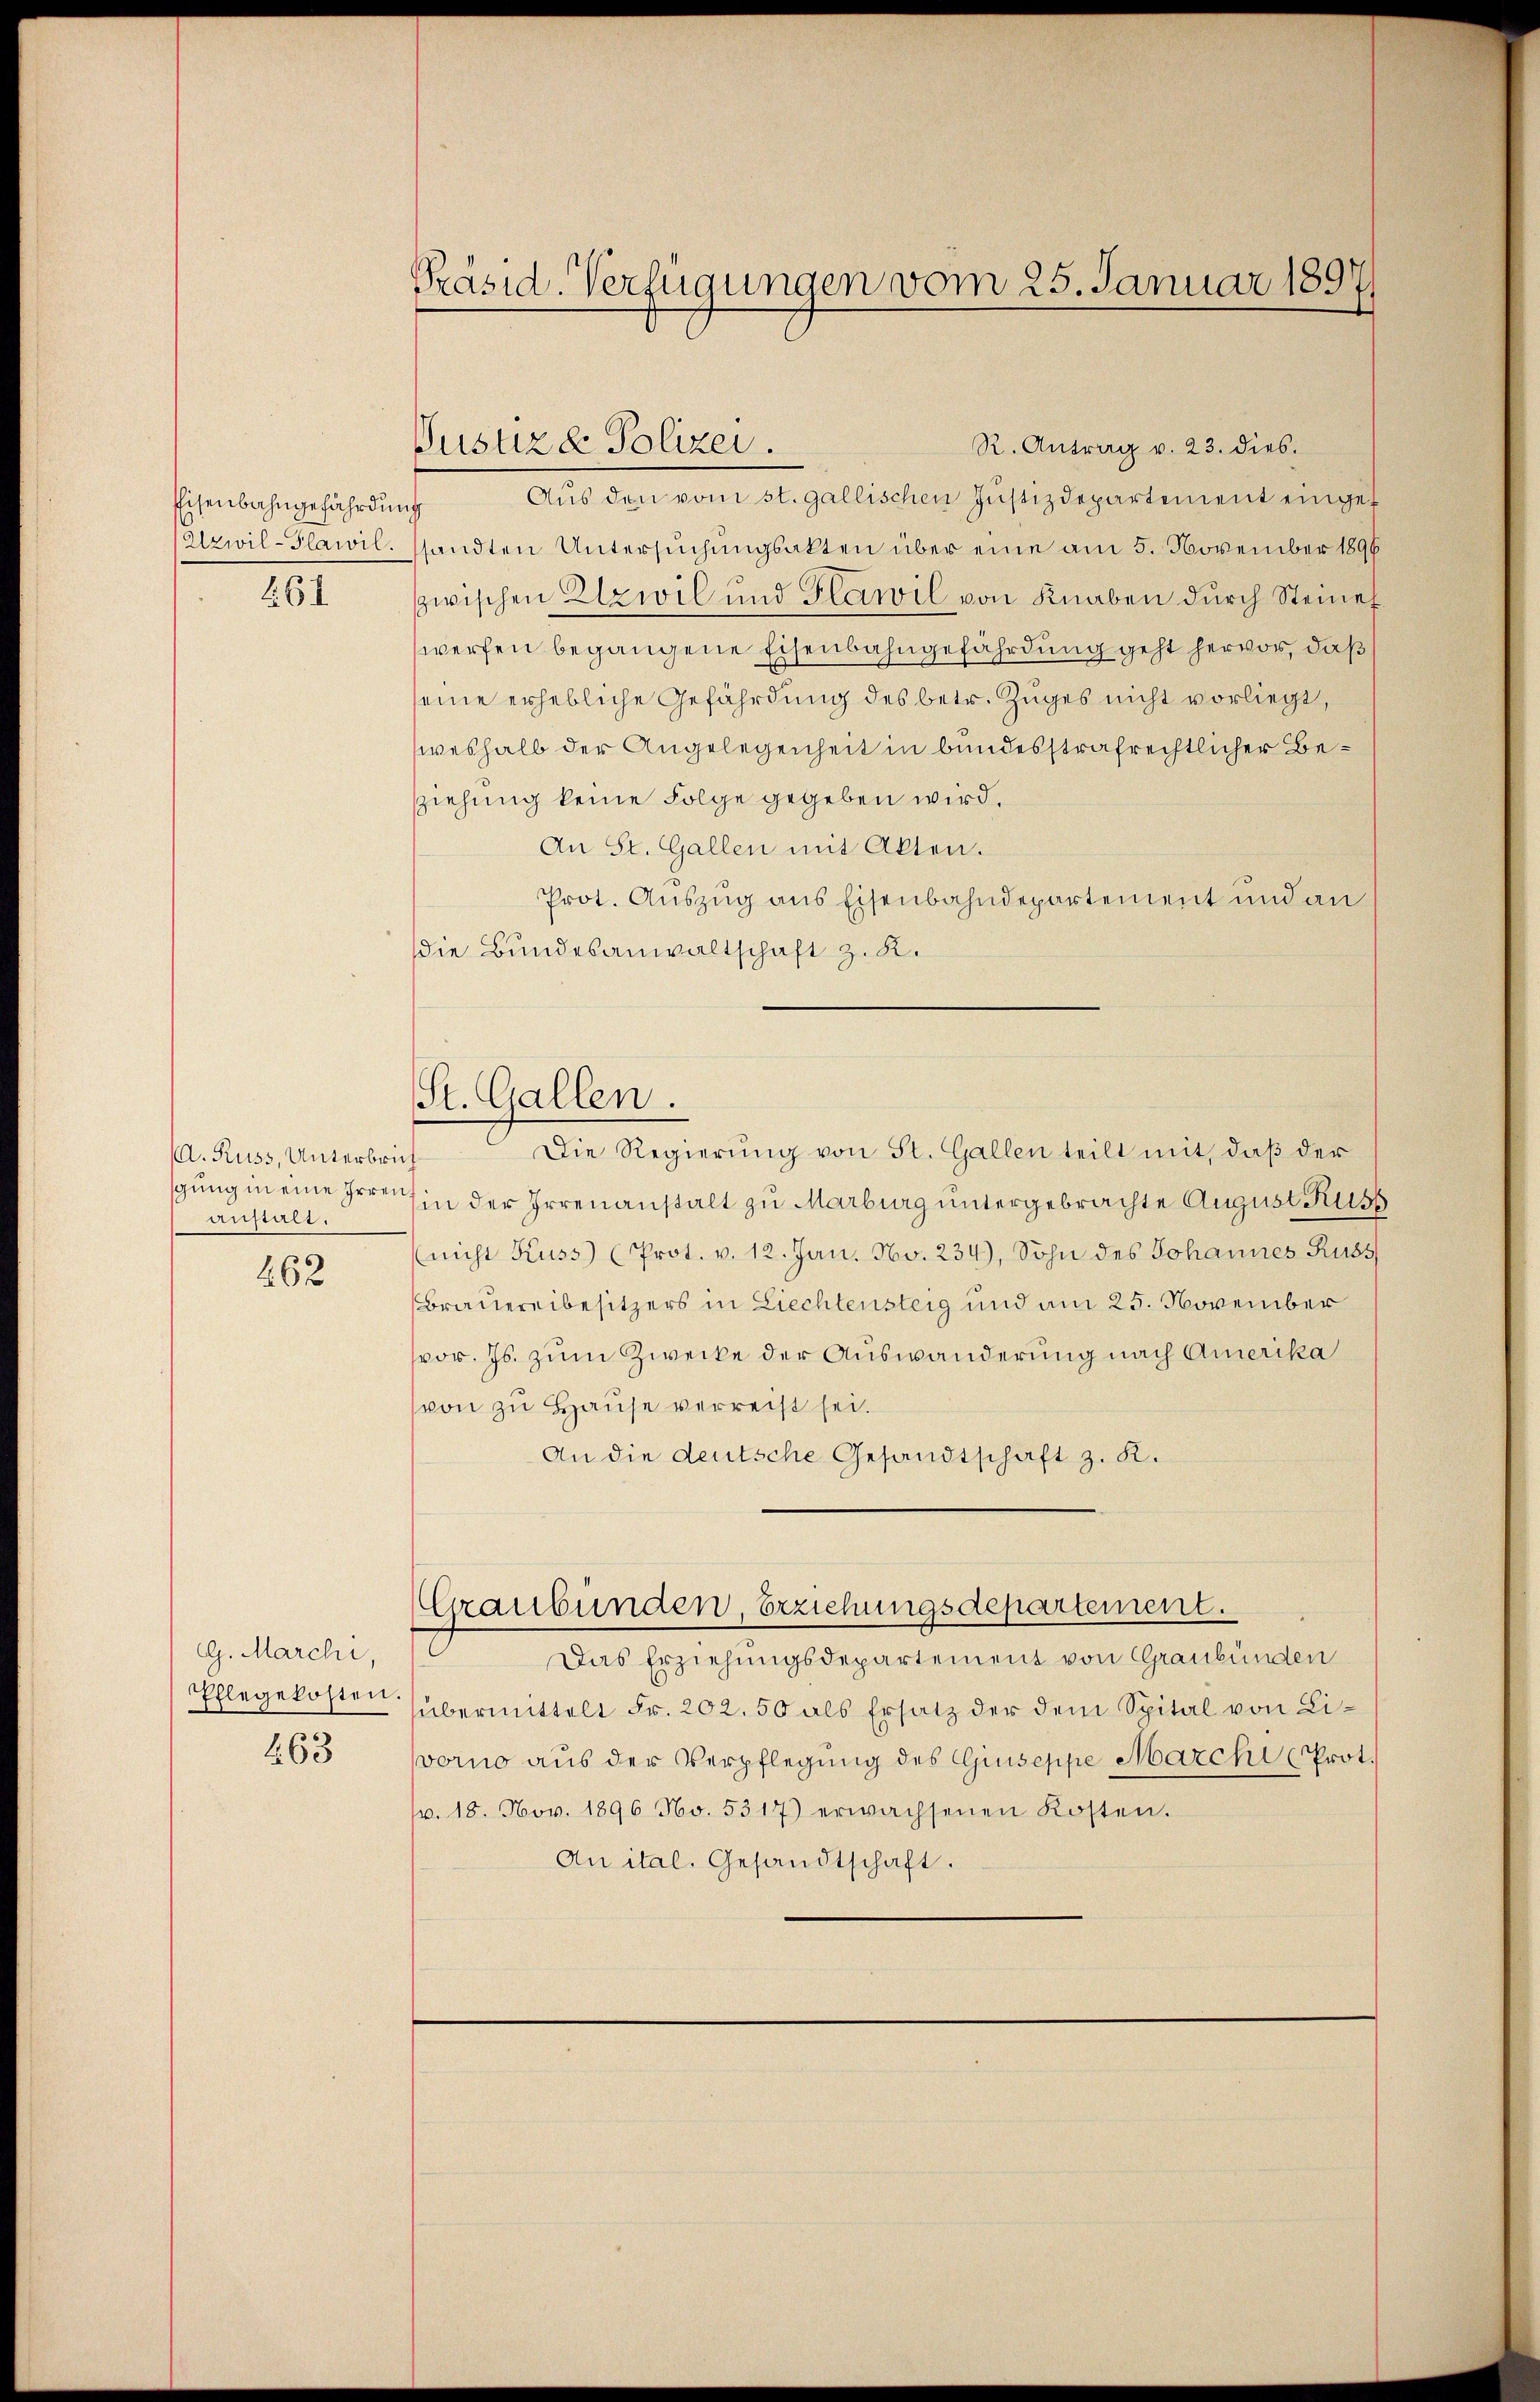
Eisenbahngefährdung
Urwil-Plawil.

6

A. Kuss, Unterbrich
anstalt.

462

G. Marchi
Ehlegekosten.

463

Präsid-Verfügungen vom 25. Januar 1897

Justiz & Polizei.

R. Antrag v. 23. dies
Aus den vom st. gallischen Justizdepartement eingef
sandten Untersuchungsakten über eine am 5. November 1896
zwischen Elzwil und Glawil von Knaben durch Steines
werfen begangene Eisenbahngefährdung geht hervor, daß
seine erhebliche Gefährdung des betr. Zuges nicht vorliegt,
weshalb der Angelegenheit in bundesstrafrechtlicher Beziehung keine Folge gegeben wird.
An St. Gallen mit Akten.
Prot. Auszug aus Eisenbahndepartement und an
die Bundesanwaltschaft z. K.
St. Gallen.
Die Regierung von St. Gallen teilt mit, daß der
gung in eine Irren in der Irrenanstalt zu Marburg untergebrachte August Russ
(nicht Kuss (Prot. v. 12. Jan. No. 234), Sohn des Johannes Russ
Brauereibesitzers in Liechtensteig und am 25. November
vor. Js. zum Zwecke der Auswanderung nach Amerika
von zu Hause verreist sei.
An die deutsche Gesandtschaft z. K.

Graubünden, Erziehungsdepartement.

Das Erziehungsdepartement von Graubünden
übermittelt Fr. 202. 50 als Ersatz der dem Spital von Livorno aus der Verpflegung des Giuseppe Marchi (Prot.
1. 18. Nov. 1896 No. 5317) erwachsenen Kosten.
An ital. Gesandtschaft.